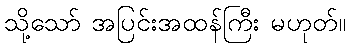
သို့သော် အပြင်းအထန်ကြီး မဟုတ်။